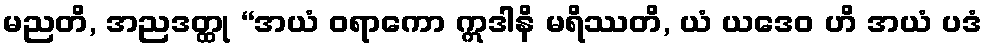
မညတိ, အညဒတ္ထု “အယံ ဝရာကော ဣဒါနိ မရိဿတိ, ယံ ယဒေဝ ဟိ အယံ ပဒံ